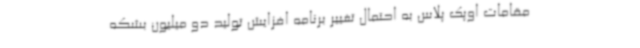
مقامات اوپک پلاس به احتمال تغییر برنامه افزایش تولید دو میلیون بشکه